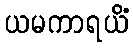
ယမကာရယိံ